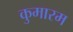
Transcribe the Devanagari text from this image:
कुमारम